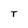
Character: T